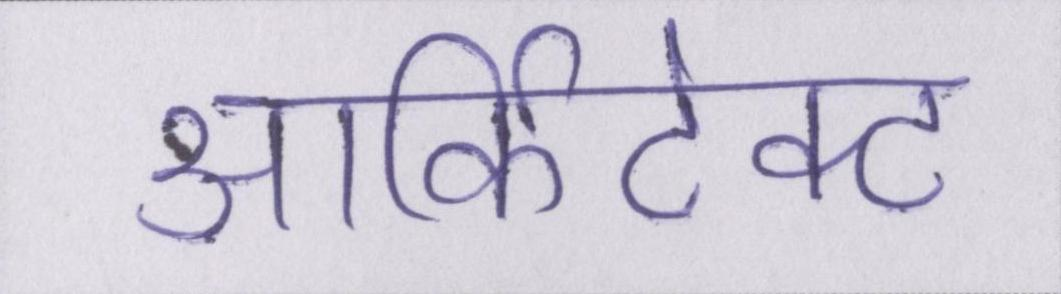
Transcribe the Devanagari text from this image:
आर्किटेक्ट